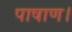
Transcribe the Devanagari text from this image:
पाषाण।